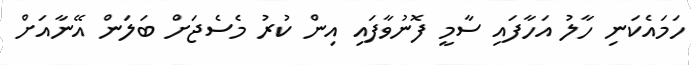
ހަމައެކަނި ހާލު އަހާފައި ސާމީ ފޮނުވާފައި އިން ކުރު މެސެޖަށް ބަލަން އޭނާއަށް